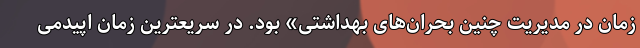
زمان در مدیریت چنین بحران‌های بهداشتی» بود. در سریعترین زمان اپیدمی